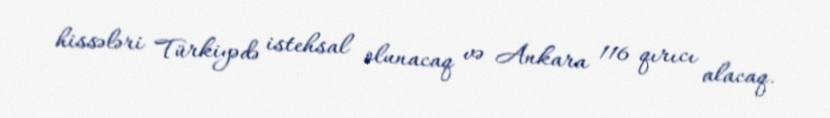
hissələri Türkiyədə istehsal olunacaq və Ankara 116 qırıcı alacaq.